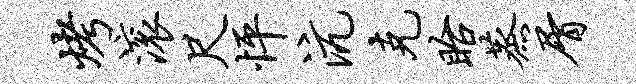
烤滚尺怦沆克眙蒸屑